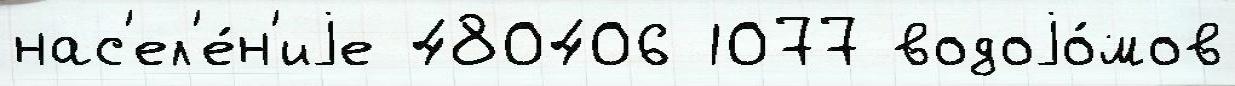
нас'ел'е́н'иjе 480406 1077 водоjо́мов